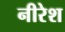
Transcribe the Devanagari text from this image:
नीरेश